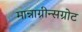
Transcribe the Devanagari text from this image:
मान्नाग्रीन्सग्रोट